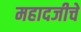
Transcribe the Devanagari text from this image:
महादजीचे